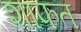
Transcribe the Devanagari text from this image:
शाफत